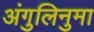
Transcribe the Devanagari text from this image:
अंगुलिनुमा